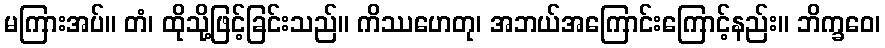
မကြားအပ်။ တံ၊ ထိုသို့ဖြင့်ခြင်းသည်။ ကိဿဟေတု၊ အဘယ်အကြောင်းကြောင့်နည်း။ ဘိက္ခဝေ၊